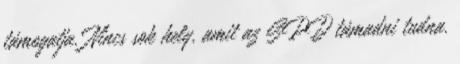
támogatja. Nincs sok hely, amit az SPD támadni tudna.